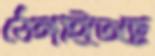
ঠেঙ্গাইতেছে